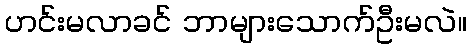
ဟင်းမလာခင် ဘာများသောက်ဦးမလဲ။